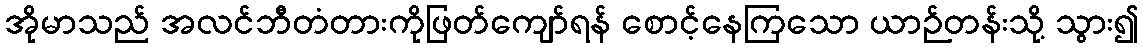
အိုမာသည် အလင်ဘီတံတားကိုဖြတ်ကျော်ရန် စောင့်နေကြသော ယာဉ်တန်းသို့ သွား၍